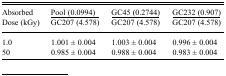
| <ROWSPAN=2> Absorbed Dose (kGy) | Pool (0.0994) | GC45 (0.2744) | GC232 (0.907) |
 | GC207 (4.578) | GC207 (4.578) | GC207 (4.578) |
 | --- | --- | --- | --- |
 | 1.0 | 1.001 ± 0.004 | 1.003 ± 0.004 | 0.996 ± 0.004 |
 | 50 | 0.985 ± 0.004 | 0.988 ± 0.004 | 0.983 ± 0.004 |